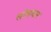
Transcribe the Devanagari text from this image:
लोधघार